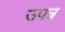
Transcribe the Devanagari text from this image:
उपत्र